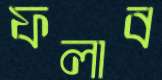
ফলাব